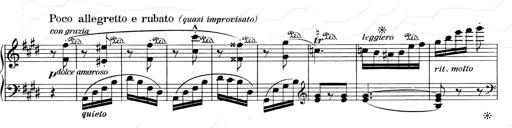
Title: Mephisto Waltz No.1
Composer: Franz Liszt